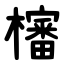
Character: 㰂